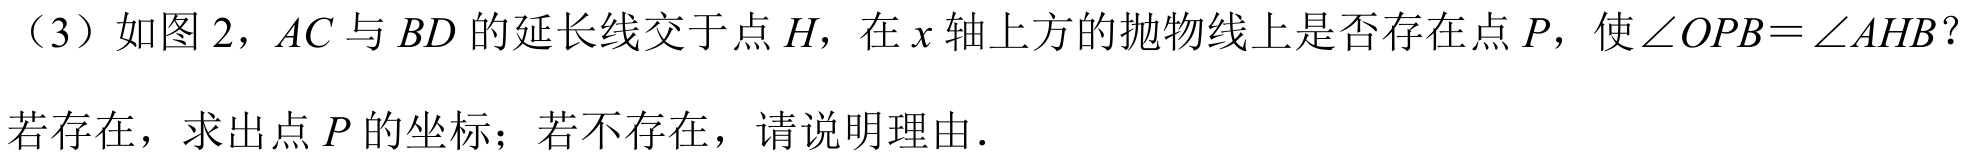
（3）如图2，\(AC\)与\(BD\)的延长线交于点\(H\)，在\(x\)轴上方的抛物线上是否存在点\(P\)，使\(\angle OPB=\angle AHB\)？
若存在，求出点\(P\)的坐标；若不存在，请说明理由．